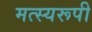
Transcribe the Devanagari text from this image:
मत्स्यरूपी